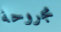
مجروحة